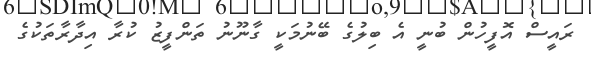
ރައީސް އޮފީހުން ބުނީ އެ ބިލުގެ ބޭނުމަކީ ގާނޫނު ތަންފީޒު ކުރާ އިދާރާތަކުގެ